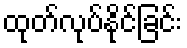
ထုတ်လုပ်နိုင်ခြင်း